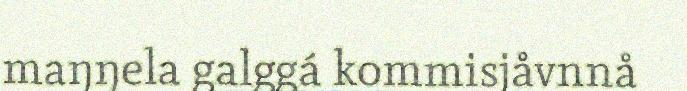
maŋŋela galggá kommisjåvnnå